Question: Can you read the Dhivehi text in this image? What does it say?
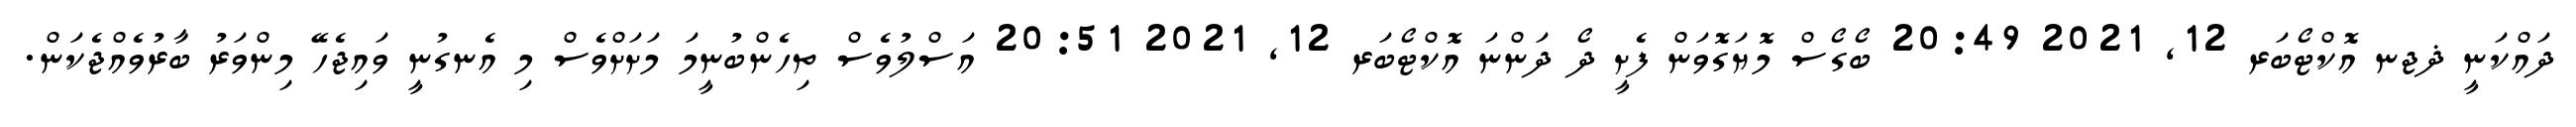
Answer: ދައްކަނީ ޛޖނ އޮކްޓޯބަރ 12, 2021 20:49 ބޯގޯސް މޮޔަގޮވަން ފެށީ ދޯ ދަންނަ އޮކްޓޯބަރ 12, 2021 20:51 އަސްލުވެސް ތިހެންބުނީމަ މަށަށްވެސް މި އެނގުނީ ވައިޖެހޭ މިންވަރު ބާރުވެއްޖެކަން.